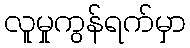
လူမှုကွန်ရက်မှာ